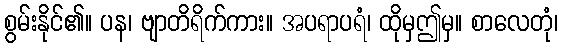
စွမ်းနိုင်၏။ ပန၊ ဗျာတိရိက်ကား။ အပရာပရံ၊ ထိုမှဤမှ။ စာလေတုံ၊